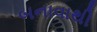
બનાવાથી